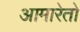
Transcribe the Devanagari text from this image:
आमारेतो